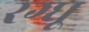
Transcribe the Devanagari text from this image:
रग्घू